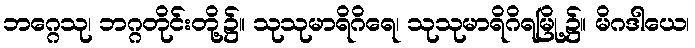
ဘဂ္ဂေသု၊ ဘဂ္ဂတိုင်းတို့၌။ သုသုမာရိဂိရေ၊ သုသုမာရိဂိရမြို့၌။ မိဂဒါယေ၊